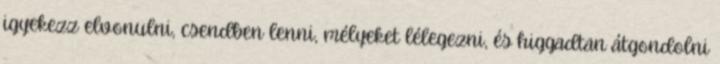
igyekezz elvonulni, csendben lenni, mélyeket lélegezni, és higgadtan átgondolni